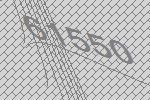
61550